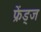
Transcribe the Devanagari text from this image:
फ्रेंड्ज